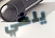
يلغي